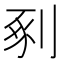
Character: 剢